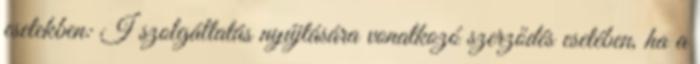
esetekben: I szolgáltatás nyújtására vonatkozó szerződés esetében, ha a